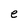
Character: e